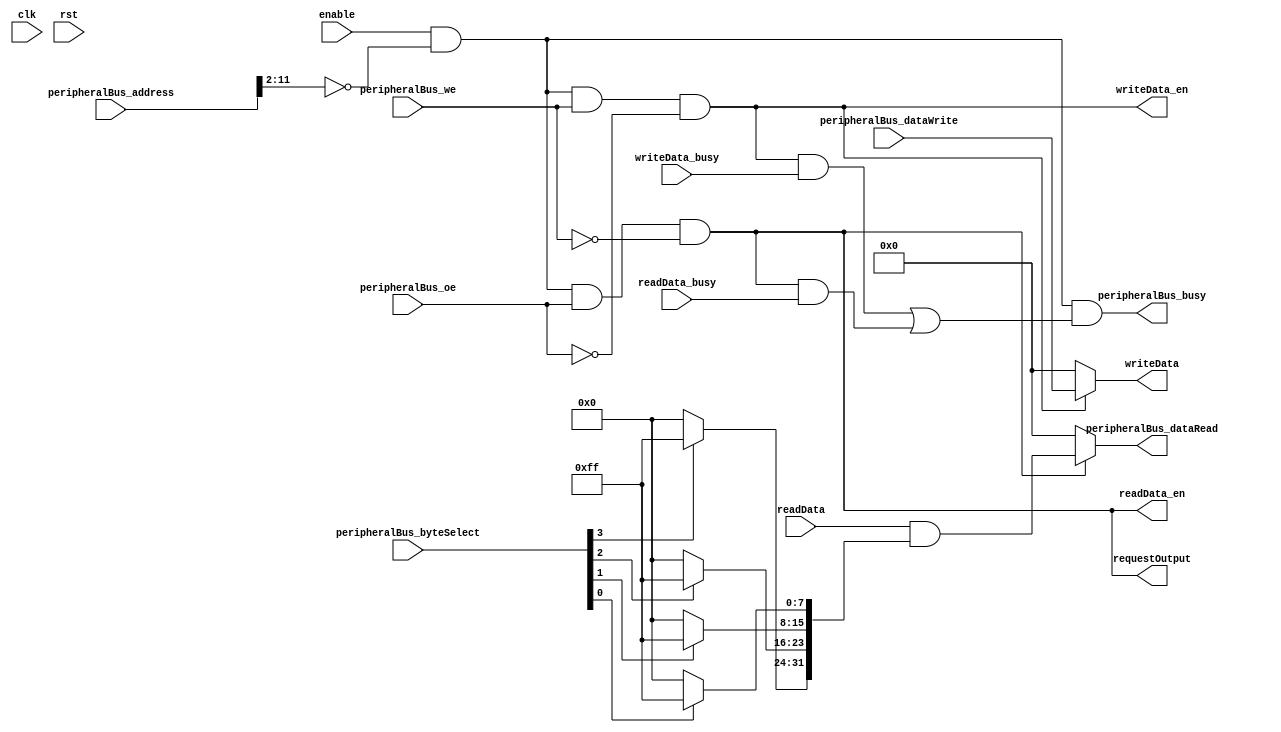
module DataRegister #(
		parameter WIDTH = 32,
		parameter ADDRESS = 12'b0
	)(
		input wire clk,
		input wire rst,

		// Peripheral Bus
		input wire enable,
		input wire peripheralBus_we,
		input wire peripheralBus_oe,
		output wire peripheralBus_busy,
		input wire[11:0] peripheralBus_address,
		input wire[3:0] peripheralBus_byteSelect,
		output wire[31:0] peripheralBus_dataRead,
		input wire[31:0] peripheralBus_dataWrite,
		output wire requestOutput,

		output wire[WIDTH-1:0] writeData,
		output wire writeData_en,
		input wire writeData_busy,
		input wire[WIDTH-1:0] readData,
		output wire readData_en,
		input wire readData_busy
	);
	
	wire[31:0] dataMask = {
		peripheralBus_byteSelect[3] ? 8'hFF : 8'h00,
		peripheralBus_byteSelect[2] ? 8'hFF : 8'h00,
		peripheralBus_byteSelect[1] ? 8'hFF : 8'h00,
		peripheralBus_byteSelect[0] ? 8'hFF : 8'h00
	};

	wire registerSelect = enable && ({ peripheralBus_address[11:2], 2'b00 } == ADDRESS);
	wire we = registerSelect && peripheralBus_we && !peripheralBus_oe;
	wire oe = registerSelect && peripheralBus_oe && !peripheralBus_we;

	assign writeData = we ? peripheralBus_dataWrite[WIDTH-1:0] : {WIDTH{1'b0}};
	assign writeData_en = we;

	wire[31:0] baseReadData;
	generate
		if (WIDTH == 32) begin
			assign baseReadData = readData;
		end else begin
			wire[32-WIDTH-1:0] zeroPadding = 'b0;
			assign baseReadData = { zeroPadding, readData };
		end
	endgenerate

	assign peripheralBus_dataRead = oe ? baseReadData & dataMask : 32'b0;
	assign peripheralBus_busy = registerSelect && ((we && writeData_busy) | (oe && readData_busy));
	assign requestOutput = oe;
	assign readData_en = oe;

endmodule